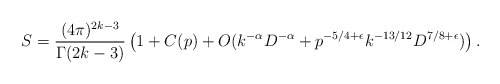
\begin{align*} S= \frac{(4\pi)^{2k-3}}{\Gamma(2k-3)}\left(1 + C(p) + O(k^{-\alpha}D^{-\alpha}+p^{-5/4+\epsilon} k^{-13/12} D^{7/8+\epsilon})\right).\end{align*}